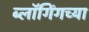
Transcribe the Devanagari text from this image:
ब्लॉगिंगच्या